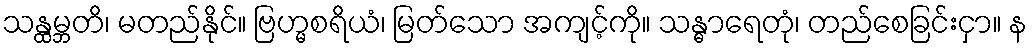
သန္ထမ္ဘတိ၊ မတည်နိုင်။ ဗြဟ္မစရိယံ၊ မြတ်သော အကျင့်ကို။ သန္ဓာရေတုံ၊ တည်စေခြင်းငှာ။ န